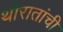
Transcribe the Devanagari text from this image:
थोरातांची